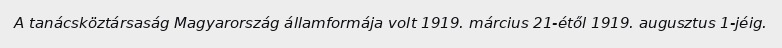
A tanácsköztársaság Magyarország államformája volt 1919. március 21-étől 1919. augusztus 1-jéig.